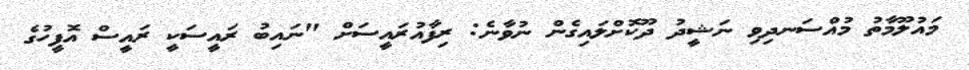
މައުލޫމާތު މުއްސަނދިވި ނަޝީދު ދޫކޮށްލައިގެން ނުވާނެ: ރިފާއުރައީސަށް "ނައިބު ރައީސަކީ ރައީސް އޮފީހުގެ